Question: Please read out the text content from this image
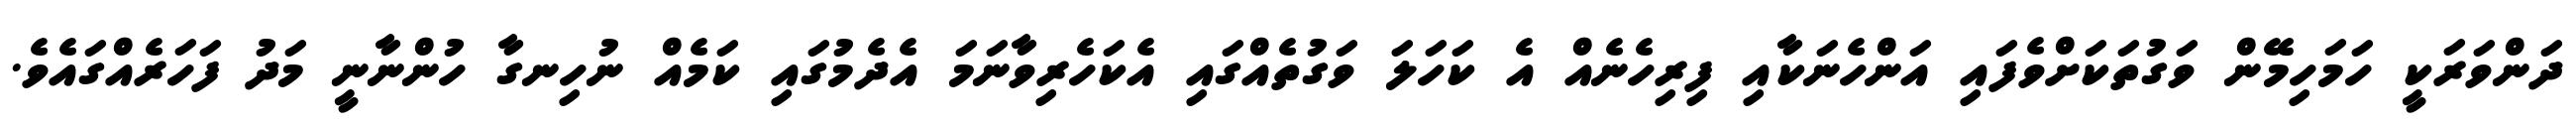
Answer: ދަންވަރަކީ ހަމަހިމޭން ވަގުތަކަށްވެފައި އަންހެނަކާއި ފިރިހެނެއް އެ ކަހަލަ ވަގުތެއްގައި އެކަހެރިވާނަމަ އެދެމުގައި ކަމެއް ނުހިނގާ ހުންނާނީ މަދު ފަހަރެއްގައެވެ.